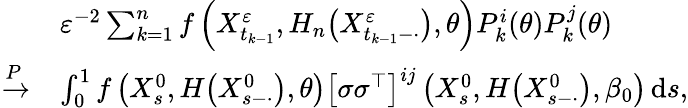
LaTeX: \begin{array}{rl}&{\varepsilon^{-2}\sum_{k=1}^{n}f\left(X_{t_{k-1}}^{\varepsilon},H_{n}\big(X_{t_{k-1}-\cdot}^{\varepsilon}\big),\theta\right)P_{k}^{i}(\theta)P_{k}^{j}(\theta)}\\ {\xrightarrow{P}}&{\int_{0}^{1}f\left(X_{s}^{0},H\big(X_{s-\cdot}^{0}\big),\theta\right)\left[\sigma\sigma^{\top}\right]^{ij}\left(X_{s}^{0},H\big(X_{s-\cdot}^{0}\big),\beta_{0}\right)\, \mathrm{d}s,}\end{array}